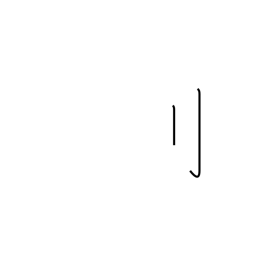
Meaning: standing sword radical (no. 18)